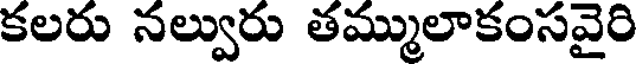
కలరు నల్వురు తమ్ములాకంసవైరి